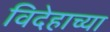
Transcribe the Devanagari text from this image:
विदेहाच्या